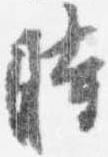
時